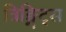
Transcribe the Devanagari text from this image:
त्रिङ्गिट्स